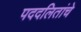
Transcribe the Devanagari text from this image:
पददलितांचे